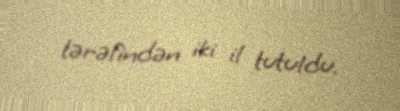
tərəfindən iki il tutuldu.